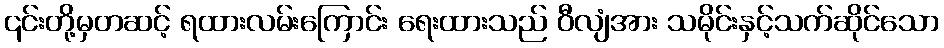
၎င်းတို့မှတဆင့် ရထားလမ်းကြောင်း ရေးထားသည် ဝီလျံအား သမိုင်းနှင့်သက်ဆိုင်သော